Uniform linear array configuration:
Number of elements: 16
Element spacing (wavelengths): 0.25
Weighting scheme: uniform
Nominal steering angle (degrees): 30
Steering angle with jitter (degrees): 28.713
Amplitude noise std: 0.05
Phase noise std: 0.05

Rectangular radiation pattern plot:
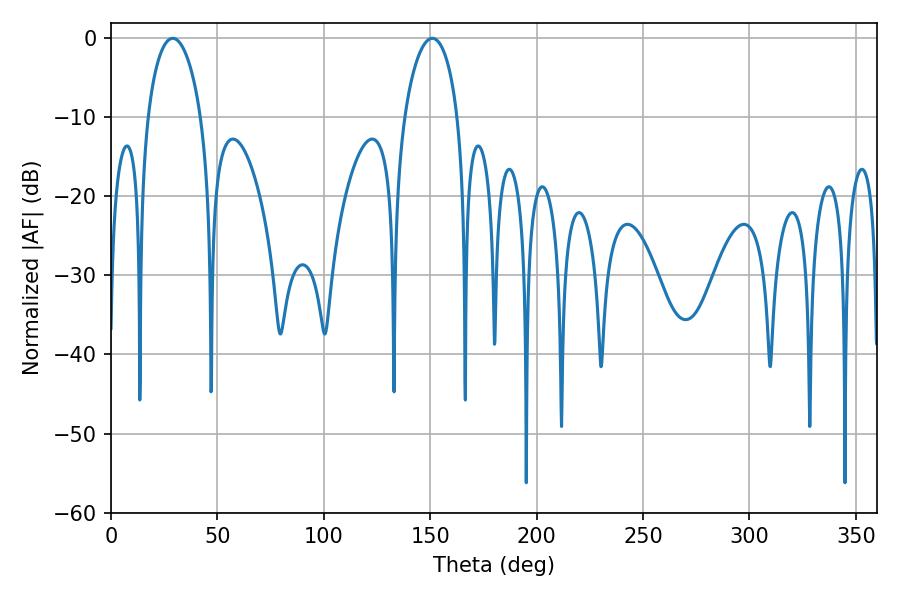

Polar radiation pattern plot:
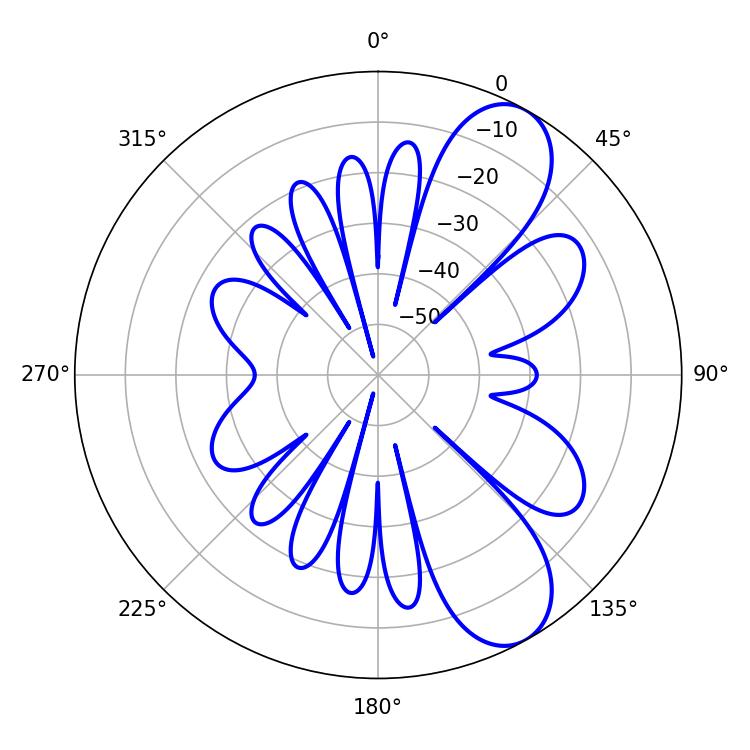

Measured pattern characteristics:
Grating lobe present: FALSE
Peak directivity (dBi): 8.664
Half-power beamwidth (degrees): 14.22
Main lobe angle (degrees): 151.02